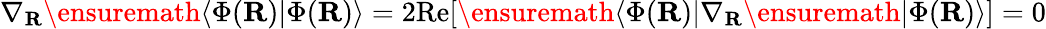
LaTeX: \nabla_{{\mathbf{R}}}\ensuremath{\langle{\Phi({\mathbf{R}})}\rvert{\Phi({\mathbf{R}})}\rangle}=2\mathrm{Re}[\ensuremath{\langle{\Phi({\mathbf{R}})}\rvert}\nabla_{{\mathbf{R}}}\ensuremath{\lvert{\Phi({\mathbf{R}})}\rangle}]=0